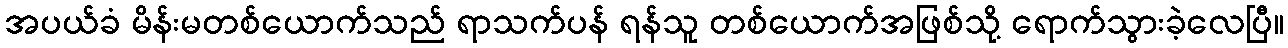
အပယ်ခံ မိန်းမတစ်ယောက်သည် ရာသက်ပန် ရန်သူ တစ်ယောက်အဖြစ်သို့ ရောက်သွားခဲ့လေပြီ။